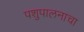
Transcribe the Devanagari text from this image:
पशुपालनाचा